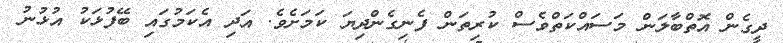
ދީގެން އޮތްބާލަން މަސައްކަތްވެސް ކުރިތަން ފެނިގެންދިޔަ ކަމަށެވެ. އަދި އެކަމުގައި ބޭފުޅަކު އުޅުނު